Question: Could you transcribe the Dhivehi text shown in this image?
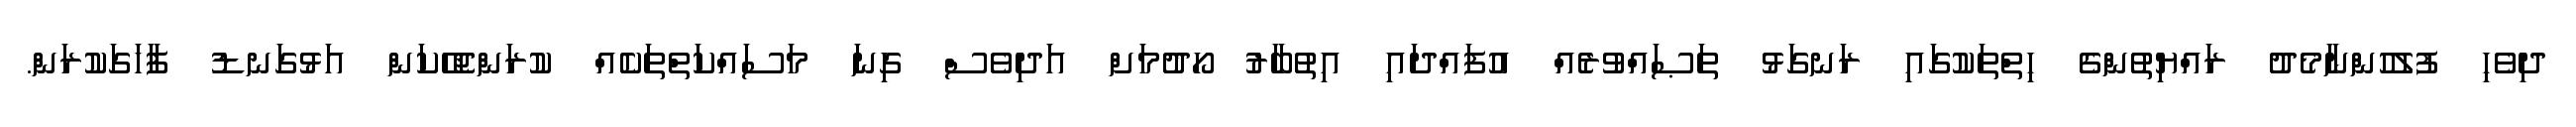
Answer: ދިވެހި ފުލުހުންނާމެދު ރައްޔިތުންގެ ހިތްތަކުގައި ރަނގަޅު ތަޞައްވުރެއް އުފައްދައި އިތުބާރު ހޯދުމަށް އަދިވެސް ގިނަ މަސައްކަތްތަކެއް ކުރަންޖެހޭކަން އަޅުގަނޑު ފާހަގަކުރަން.